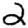
Digit: 2